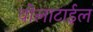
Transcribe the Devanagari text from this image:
वोलाटाईल